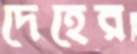
দেহের